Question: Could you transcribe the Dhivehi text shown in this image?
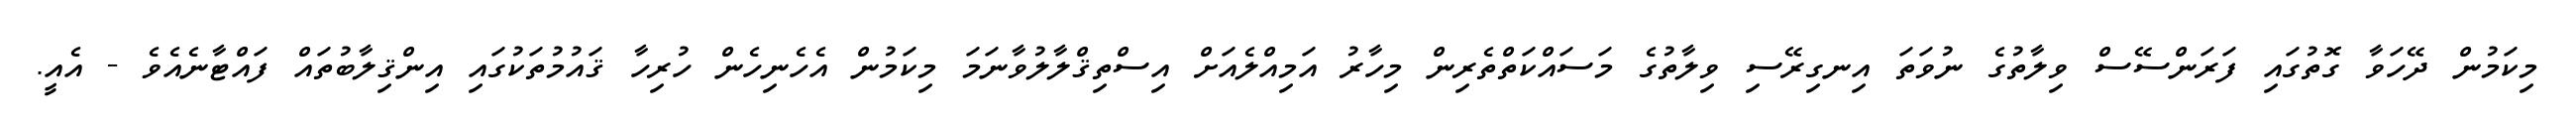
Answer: މިކަމުން ދޭހަވާ ގޮތުގައި ފަރަންސޭސް ވިލާތުގެ ނުވަތަ އިނގިރޭސި ވިލާތުގެ މަސައްކަތްތެރިން މިހާރު އަމިއްލެއަށް އިސްތިޤްލާލުވާނަމަ މިކަމުން އެހެނިހެން ހުރިހާ ޤައުމުތަކުގައި އިންޤިލާބުތައް ފައްޓާނެއެވެ - އެއީ.